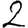
Digit: 2